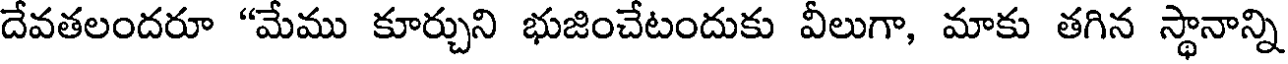
దేవతలందరూ "మేము కూర్చుని భుజించేటందుకు వీలుగా, మాకు తగిన స్థానాన్ని